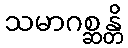
သမာဂစ္ဆန္တိ